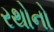
રથોનો